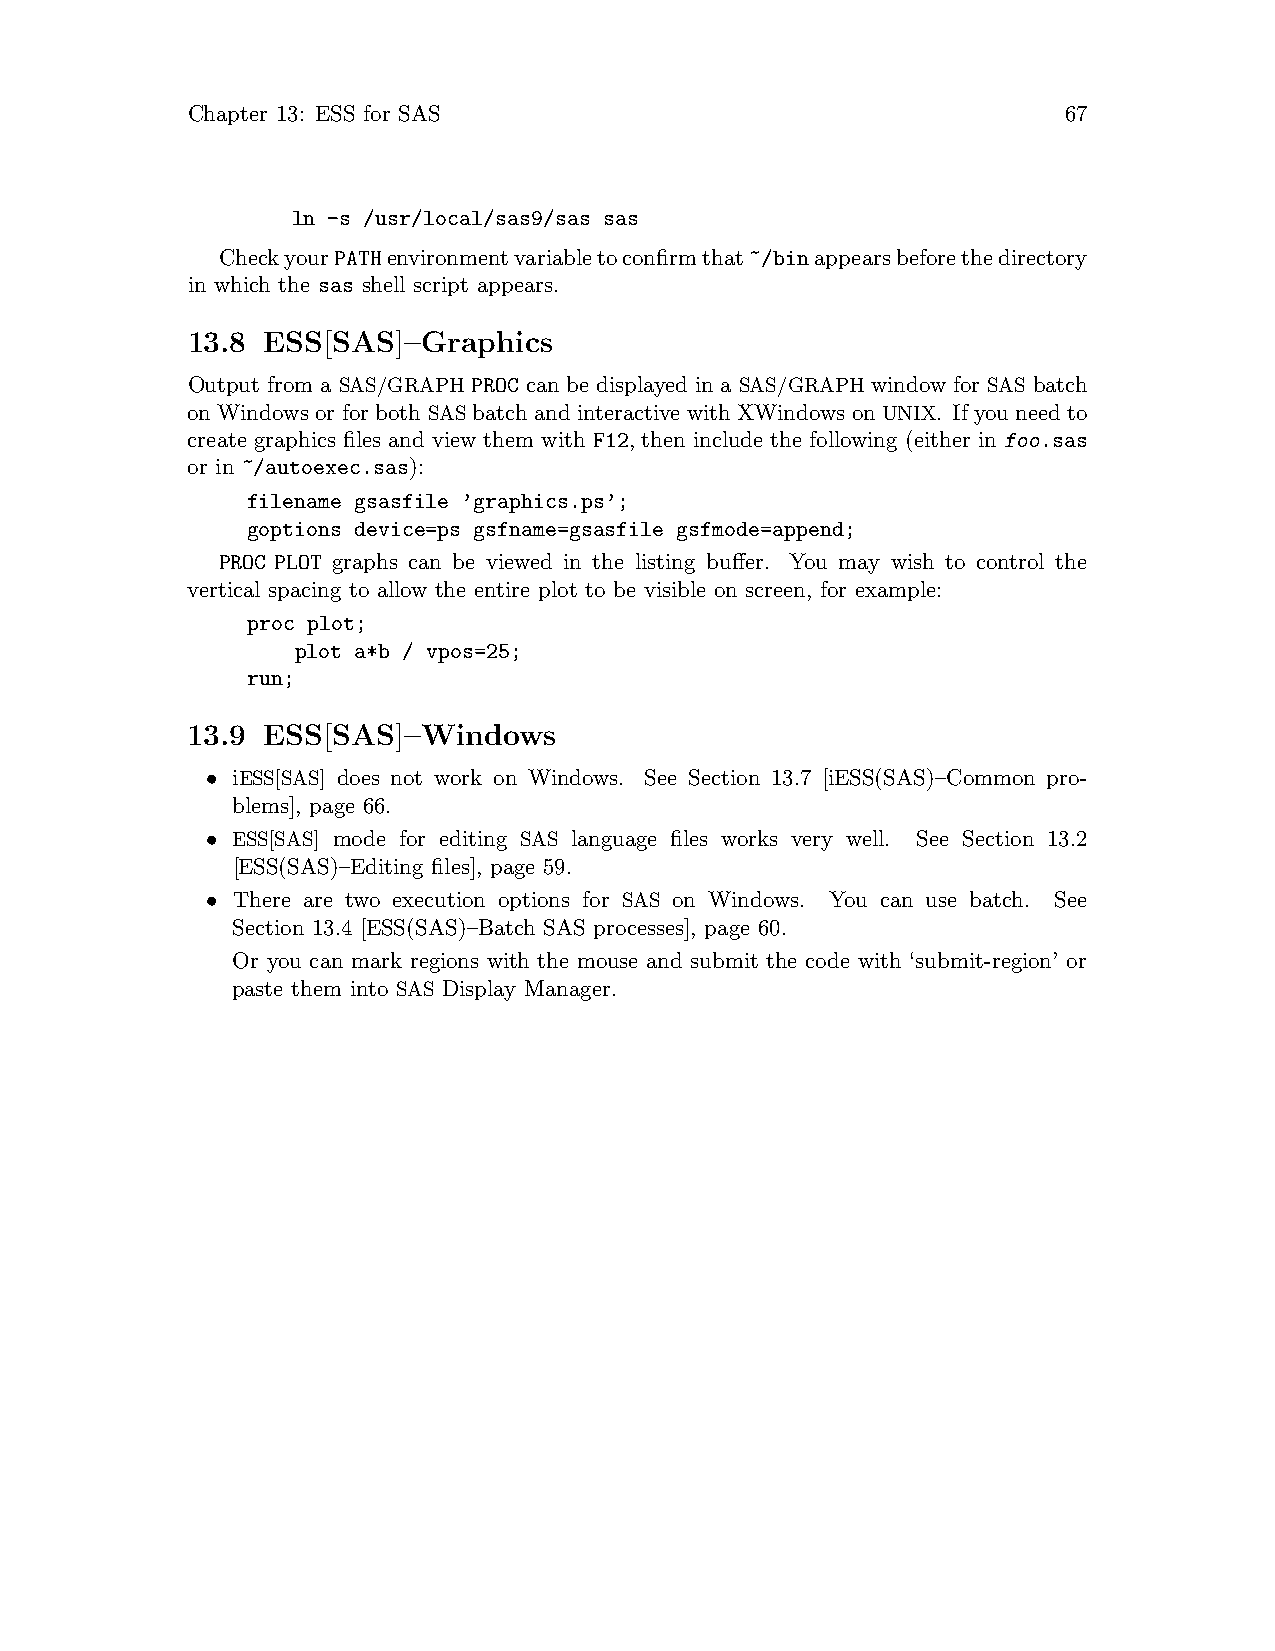
Chapter 13: ESS for SAS                                   67
 ln -s /usr/local/sas9/sas sas
 CheckyourPATHenvironmentvariabletoconfirmthat~/binappearsbeforethedirectory
 in which the sas shell script appears.
 13.8 ESS[SAS]–Graphics
 Output from a SAS/GRAPH PROC can be displayed in a SAS/GRAPH window for SAS batch
 on Windows or for both SAS batch and interactive with XWindows on UNIX. If you need to
 create graphics files and view them with F12, then include the following (either in foo.sas
 or in ~/autoexec.sas):
 filename gsasfile ’graphics.ps’;
 goptions device=ps gsfname=gsasfile gsfmode=append;
 PROC PLOT graphs can be viewed in the listing buffer. You may wish to control the
 vertical spacing to allow the entire plot to be visible on screen, for example:
 proc plot;
 plot a*b / vpos=25;
 run;
 13.9 ESS[SAS]–Windows
 • iESS[SAS] does not work on Windows. See Section 13.7 [iESS(SAS)–Common pro-
 blems], page 66.
 • ESS[SAS] mode for editing SAS language files works very well. See Section 13.2
 [ESS(SAS)–Editing files], page 59.
 • There are two execution options for SAS on Windows. You can use batch. See
 Section 13.4 [ESS(SAS)–Batch SAS processes], page 60.
 Or you can mark regions with the mouse and submit the code with ‘submit-region’ or
 paste them into SAS Display Manager.